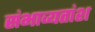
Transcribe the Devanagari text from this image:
संभाव्यतांश